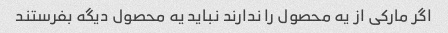
اگر مارکی از یه محصول را ندارند نباید یه محصول دیگه بفرستند